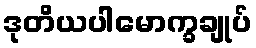
ဒုတိယပါမောက္ခချုပ်